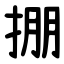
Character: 掤